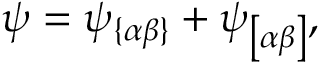
\psi = \psi _ { \{ \alpha \beta \} } + \psi _ { \left[ \alpha \beta \right] } ,